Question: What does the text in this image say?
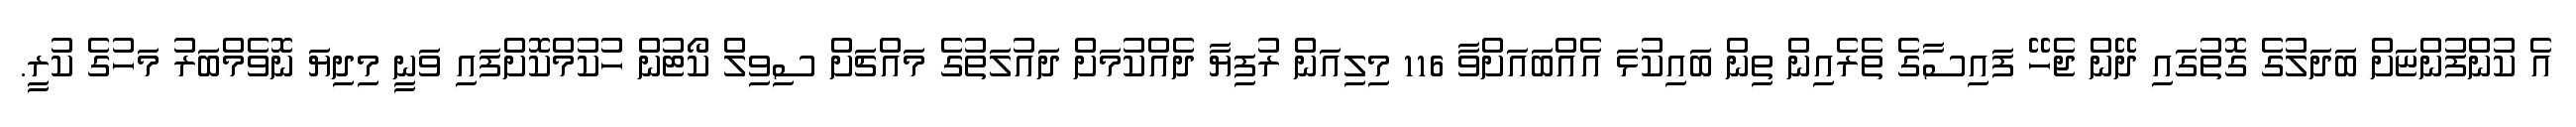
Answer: އެ ކުންފުންޏަށް ބަދަލުގެ ގޮތުގައި ދޭން ޖެހޭ ފައިސާގެ ތެރެއިން ތިން ބައިކުޅަ އެއްބައަށްވާ 116 މިލިއަން ރުފިޔާ ދެއްކުމަށް ދައުލަތުގެ މައްޗަށް ސިވިލް ކޯޓުން ހުކުމްކޮށްފައި ވަނީ މިދިޔަ ނޮވެމްބަރު މަހުގެ ކުރީ.